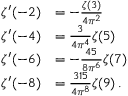
{ \begin{array} { r l } { \zeta ^ { \prime } ( - 2 ) } & { = - { \frac { \zeta ( 3 ) } { 4 \pi ^ { 2 } } } } \\ { \zeta ^ { \prime } ( - 4 ) } & { = { \frac { 3 } { 4 \pi ^ { 4 } } } \zeta ( 5 ) } \\ { \zeta ^ { \prime } ( - 6 ) } & { = - { \frac { 4 5 } { 8 \pi ^ { 6 } } } \zeta ( 7 ) } \\ { \zeta ^ { \prime } ( - 8 ) } & { = { \frac { 3 1 5 } { 4 \pi ^ { 8 } } } \zeta ( 9 ) \, . } \end{array} }